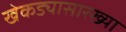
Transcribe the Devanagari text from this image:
खेकड्यासारख्या